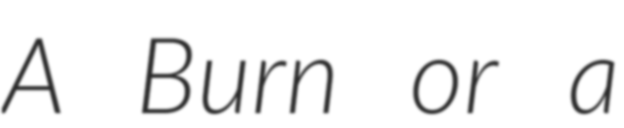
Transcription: A Burn or a